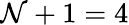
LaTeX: \mathcal{N}+1=4